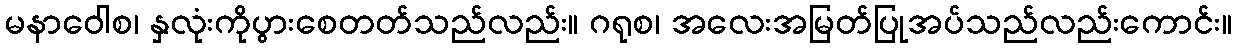
မနာဝေါစ၊ နှလုံးကိုပွားစေတတ်သည်လည်း။ ဂရုစ၊ အလေးအမြတ်ပြုအပ်သည်လည်းကောင်း။